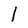
Character: l